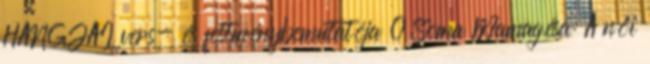
HANGJAI vers- és festménybemutatója 0 Soma Mamagésa: A női